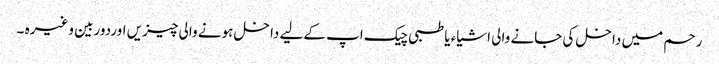
رحم میں داخل کی جانے والی اشیاء یا طبی چیک اپ کےلیے داخل ہونے والی چیزیں اوردوربین وغیرہ ۔